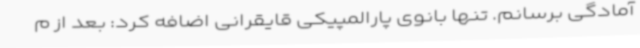
آمادگی برسانم. تنها بانوی پارالمپیکی قایقرانی اضافه کرد: بعد از م